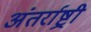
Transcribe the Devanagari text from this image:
अंतर्राष्ट्री